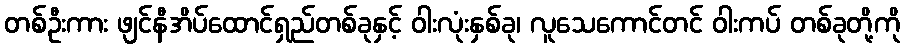
တစ်ဦးကား ဖျင်နီအိပ်ထောင်ရှည်တစ်ခုနှင့် ဝါးလုံးနှစ်ခု၊ လူသေကောင်တင် ဝါးကပ် တစ်ခုတို့ကို